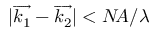
| \overrightarrow { k _ { 1 } } - \overrightarrow { k _ { 2 } } | < N \! A / \lambda